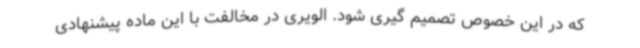
که در این خصوص تصمیم گیری شود. الویری در مخالفت با این ماده پیشنهادی